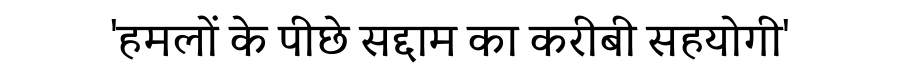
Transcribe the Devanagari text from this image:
'हमलों के पीछे सद्दाम का करीबी सहयोगी'